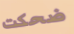
ضحكت